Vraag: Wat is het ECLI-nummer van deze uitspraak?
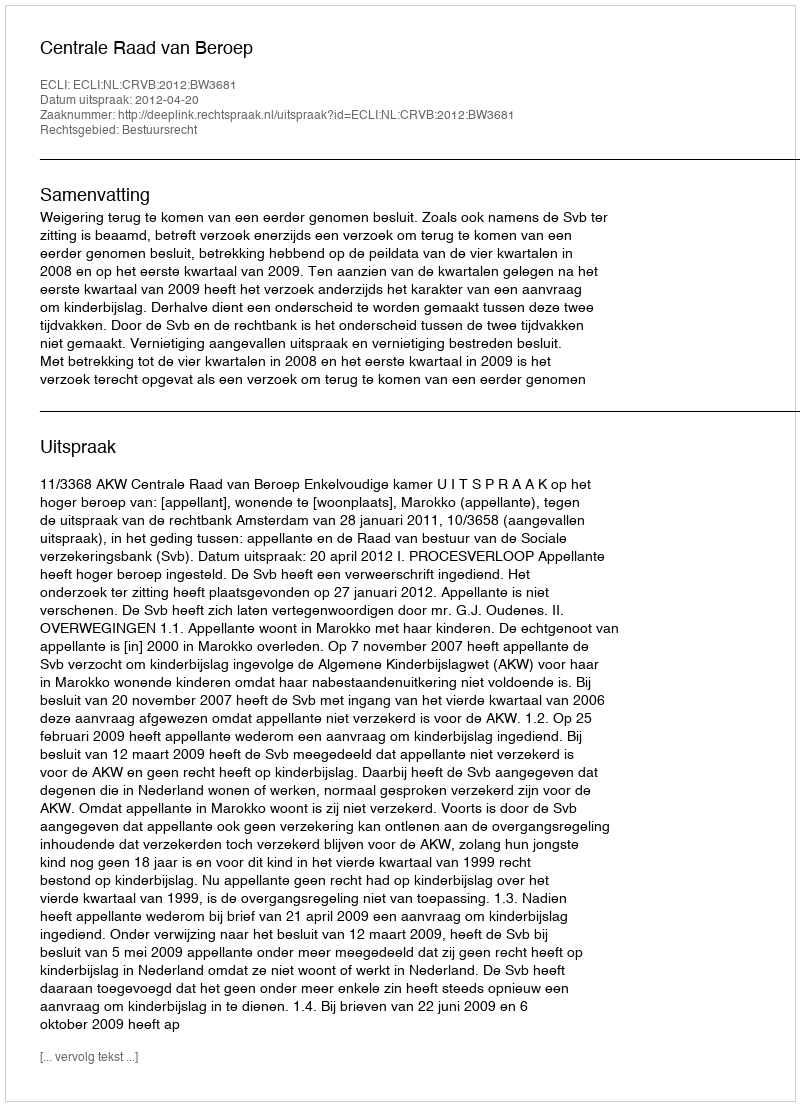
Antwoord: ECLI:NL:CRVB:2012:BW3681